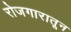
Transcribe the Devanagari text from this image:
रोजगारातून